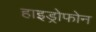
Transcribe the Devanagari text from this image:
हाइड्रोफोन